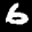
Label: 6